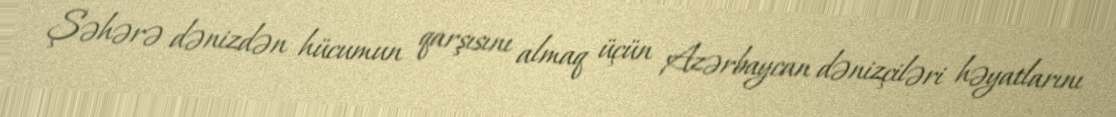
Şəhərə dənizdən hücumun qarşısını almaq üçün Azərbaycan dənizçiləri həyatlarını